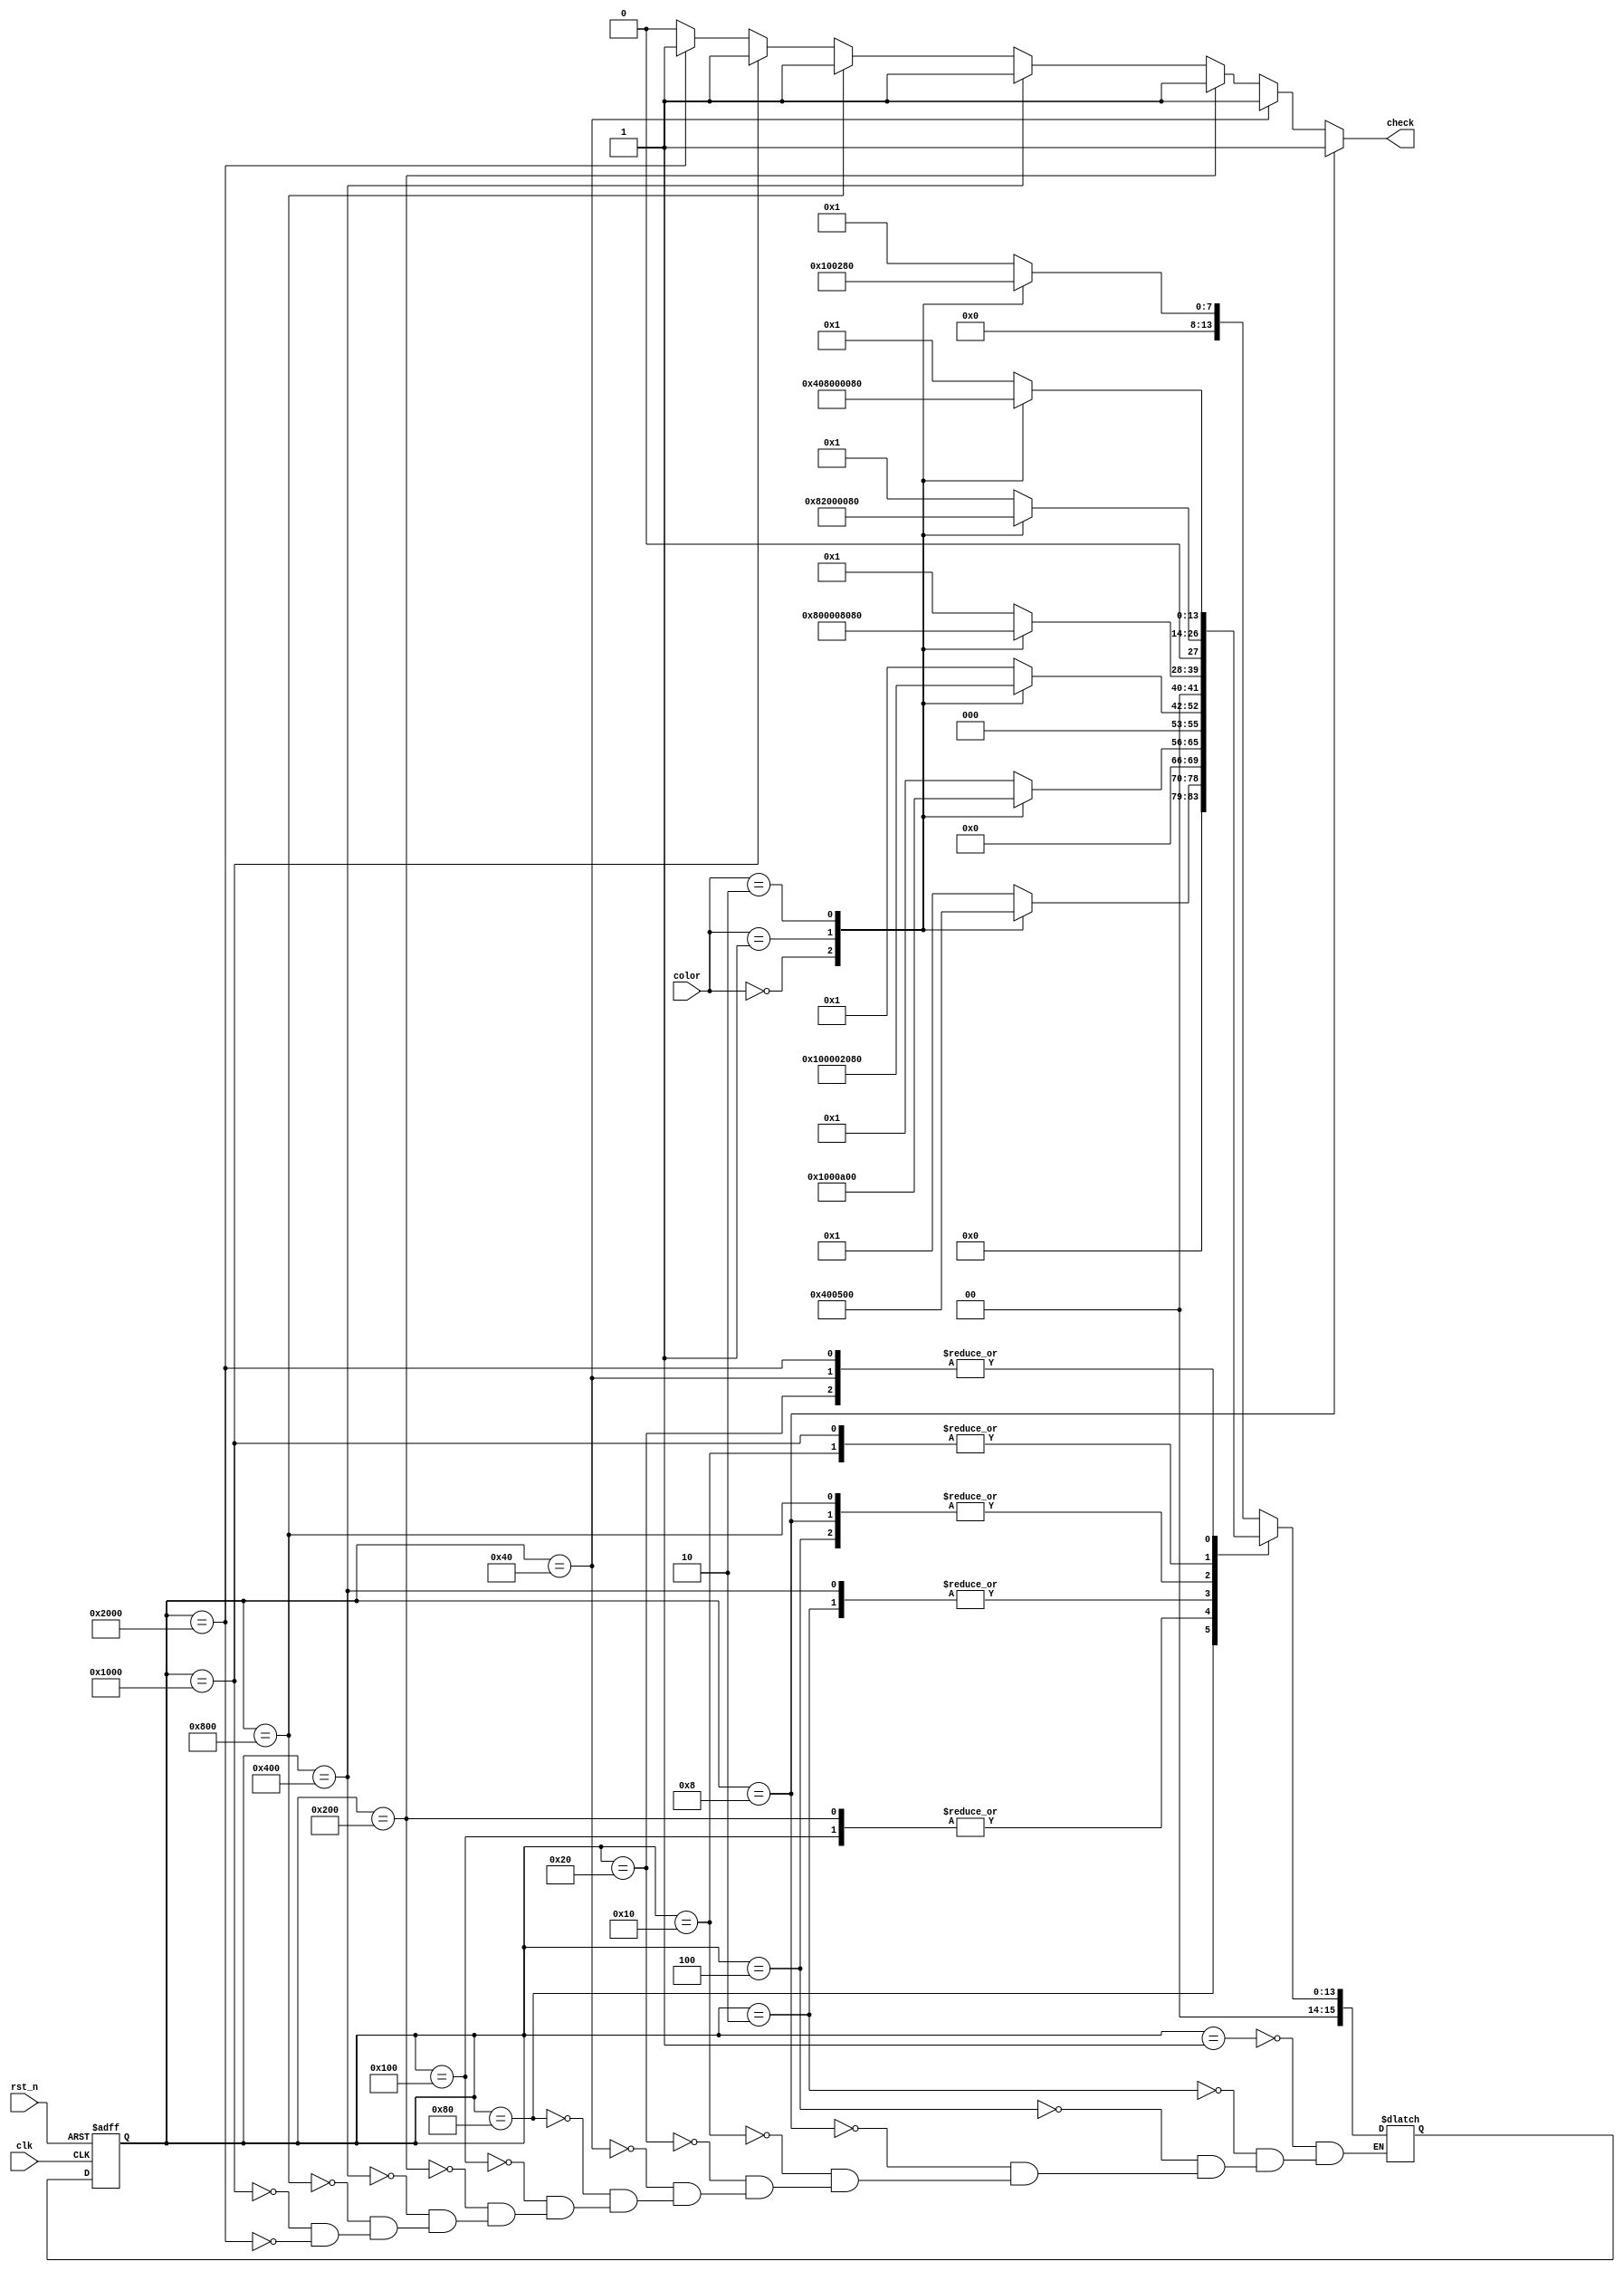
module coloring (
    input wire clk,
    input wire rst_n,
    input wire [1:0] color,
    output check
);
localparam s0 = 15'b0000_0000_0001;
localparam s1 = 15'b0000_0000_0010;
localparam s2 = 15'b0000_0000_0100;
localparam s3 = 15'b0000_0000_1000;
localparam s4 = 15'b0000_0001_0000;
localparam s5 = 15'b0000_0010_0000;
localparam s6 = 15'b0000_0100_0000;
localparam s7 = 15'b0000_1000_0000;
localparam s8 = 15'b0001_0000_0000;
localparam s9 = 15'b0010_0000_0000;
localparam s10 = 15'b0100_0000_0000;
localparam s11 = 15'b1000_0000_0000;
localparam s12 = 15'b001_0000_0000_0000;
localparam s13 = 15'b010_0000_0000_0000;
localparam s14 = 15'b100_0000_0000_0000;
reg [15:0] state;
reg [15:0] n_state;

`ifndef macro
reg [31:0]string;
always@(*)begin
case(state)
s0: string = "s0";
s1: string = "s1";
s2: string = "s2";
s3: string = "s3";
s4: string = "s4";
s5: string = "s5";
s6: string = "s6";
s7: string = "s7";
s8: string = "s8";
s9: string = "s9";
s10: string = "s10";
s11: string = "s11";
s12: string = "s12";
s13: string = "s13";
s14: string = "s14";
default:string = "?";
endcase
end
`endif 

always@(posedge clk or negedge rst_n)
begin
    if(!rst_n)begin
        state <= s0;
    end
    else begin
        state <= n_state;
    end
end

always@(*)begin
    case(state)
    s0:
    begin
        case(color)
        2'b0:n_state = s4;
        2'b1:n_state = s1;
        2'b10:n_state = s7;
        default: n_state = s0;
        endcase
    end
    s1:
    begin
        case(color)
        2'b0:n_state = s10;
        2'b1:n_state = s2;
        2'b10:n_state = s7;
        default: n_state = s0;
        endcase
    end
    s2:
    begin
        case(color)
        2'b0:n_state = s11;
        2'b1:n_state = s3;
        2'b10:n_state = s7;
        default: n_state = s0;
        endcase
    end
    s3:
    begin
         case(color)
        2'b0:n_state = s11;
        2'b1:n_state = s3;
        2'b10:n_state = s7;
        default: n_state = s0;
        endcase
    end
    s4:
    begin
        case(color)
        2'b0:n_state = s5;
        2'b1:n_state = s12;
        2'b10:n_state = s7;
        default: n_state = s0;
        endcase
    end
    s5:
    begin
        case(color)
        2'b0:n_state = s6;
        2'b1:n_state = s13;
        2'b10:n_state = s7;
        default: n_state = s0;
        endcase
    end
    s6:
    begin
        case(color)
        2'b00:n_state = s6;
        2'b01:n_state = s13;
        2'b10:n_state = s7;
        default: n_state = s0;
        endcase
    end
    s7:
    begin
        case(color)
        2'b0:n_state = s4;
        2'b1:n_state = s1;
        2'b10:n_state = s8;
        default: n_state = s0;
        endcase
    end
    s8:
    begin
        case(color)
        2'b0:n_state = s4;
        2'b1:n_state = s1;
        2'b10:n_state = s9;
        default: n_state = s0;
        endcase
    end
    s9:
    begin
         case(color)
        2'b0:n_state = s4;
        2'b1:n_state = s1;
        2'b10:n_state = s9;
        default: n_state = s0;
        endcase
    end
    s10:
    begin
        case(color)
        2'b0:n_state = s10;
        2'b1:n_state = s2;
        2'b10:n_state = s7;
        default: n_state = s0;
        endcase
    end
    s11:
    begin
       case(color)
        2'b0:n_state = s11;
        2'b1:n_state = s3;
        2'b10:n_state = s7;
        default: n_state = s0;
        endcase
    end
    s12:
    begin
        case(color)
        2'b0:n_state = s5;
        2'b1:n_state = s12;
        2'b10:n_state = s7;
        default: n_state = s0;
        endcase
    end
    s13:
    begin
       case(color)
        2'b0:n_state = s6;
        2'b01:n_state = s13;
        2'b10:n_state = s7;
        default: n_state = s0;
        endcase
    end
    default:
    n_state = n_state;
    endcase
end

assign check = (state == s3)?1'b1:
                (state == s6)?1'b1:
                (state == s9)?1'b1:
                (state == s10)?1'b1:
                 (state == s11)?1'b1:
                 (state == s12)?1'b1:
                 (state == s13)?1'b1:
                 1'b0;
endmodule